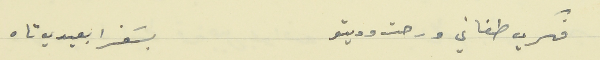
فكري طغاني ورحت وديتو                     بسَفرا بعيدي تاه